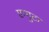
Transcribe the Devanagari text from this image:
एम्पुटा